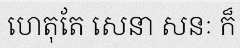
ហេតុតែ សេនា សនៈ ក៏